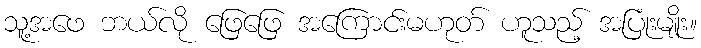
သူ့အဖေ ဘယ်လို ဖြေဖြေ အကြောင်းမဟုတ် ဟူသည့် အပြုံးမျိုး။